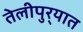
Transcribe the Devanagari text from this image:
तेलीपुर्‍यात